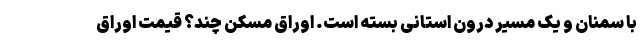
با سمنان و یک مسیر درون استانی بسته است. اوراق مسکن چند؟ قیمت اوراق